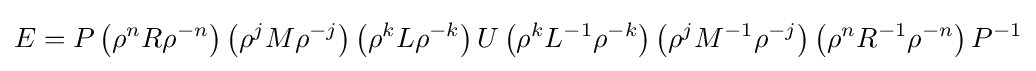
E=P\left(\rho ^{n}R\rho ^{-n}\right)\left(\rho ^{j}M\rho ^{-j}\right)\left(\rho ^{k}L\rho ^{-k}\right)U\left(\rho ^{k}L^{-1}\rho ^{-k}\right)\left(\rho ^{j}M^{-1}\rho ^{-j}\right)\left(\rho ^{n}R^{-1}\rho ^{-n}\right)P^{-1}